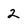
Character: 2